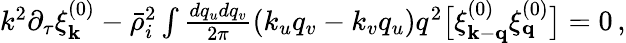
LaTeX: \begin{array}{r}{k^{2}\partial_{\tau}\xi_{\textbf{k}}^{(0)}-\bar{\rho}_{i}^{2}\int\frac{dq_{u}dq_{v}}{2\pi}(k_{u}q_{v}-k_{v}q_{u})q^{2}\big[\xi_{\textbf{k}-\textbf{q}}^{(0)}\xi_{\textbf{q}}^{(0)}\big]=0\, ,}\end{array}